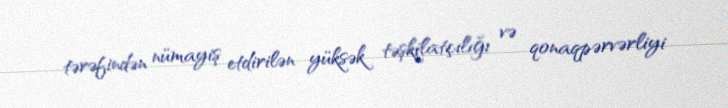
tərəfindən nümayiş etdirilən yüksək təşkilatçılığı və qonaqpərvərliyi